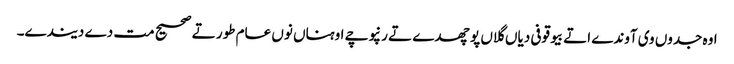
اوہ جدوں وی آوندے اتے بیوقوفی دیاں گلاں پوچھدے تے رنپوچے اوہناں نوں عام طور تے صحیح مت دے دیندے۔